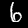
Label: 6